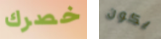
خصرك يكون